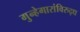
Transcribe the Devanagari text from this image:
गुन्हेगारांविरुद्ध